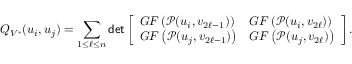
Q _ { V ^ { * } } ( u _ { i } , u _ { j } ) = \sum _ { 1 \leq \ell \leq n } \mathsf { d e t } \left[ \begin{array} { l l } { G F \left( \mathscr { P } ( u _ { i } , v _ { 2 \ell - 1 } ) \right) } & { G F \left( \mathscr { P } ( u _ { i } , v _ { 2 \ell } ) \right) } \\ { G F \left( \mathscr { P } ( u _ { j } , v _ { 2 \ell - 1 } ) \right) } & { G F \left( \mathscr { P } ( u _ { j } , v _ { 2 \ell } ) \right) } \end{array} \right] .